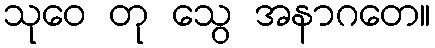
သုဝေ တု သွေ အနာဂတေ။